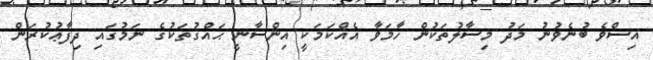
އިސްވެ ބުނެވުނު މަދު މިސާލުތަކުން ހާމަވާ އެއްކަމަކީ އިންސާނީ ޙައްޤުތަކުގެ ނަމުގައި ދިފާޢުކުރަން